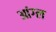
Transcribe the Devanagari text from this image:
आंग्‍ल